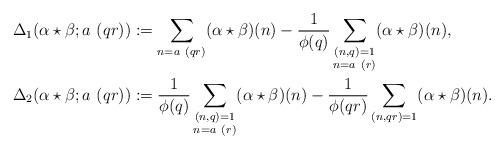
LaTeX: \begin{align*} \Delta_1(\alpha \star \beta; a\ (qr))&:= \sum_{n = a\ (qr)} (\alpha \star \beta)(n) - \frac{1}{\phi(q)} \sum_{\substack{(n,q)=1\\ n = a\ (r)}} (\alpha \star \beta)(n),\\ \Delta_2(\alpha \star \beta; a\ (qr))&:= \frac{1}{\phi(q)} \sum_{\substack{(n,q)=1\\n = a\ (r)}} (\alpha \star \beta)(n) - \frac{1}{\phi(qr)} \sum_{(n,qr)=1} (\alpha \star \beta)(n).\end{align*}